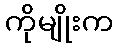
ကိုမျိုးက